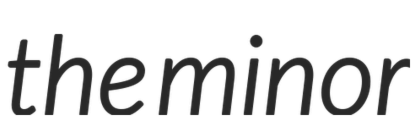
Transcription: the minor